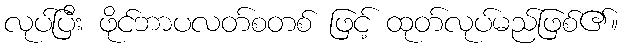
လုပ်ပြီး ဖိုင်ဘာပလတ်စတစ် ဖြင့် ထုတ်လုပ်မည်ဖြစ်၏။